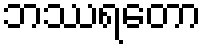
ဘဿရတော